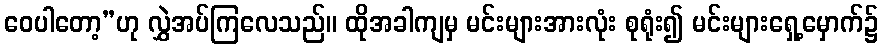
ဝေပါတော့”ဟု လွှဲအပ်ကြလေသည်။ ထိုအခါကျမှ မင်းများအားလုံး စုရုံး၍ မင်းများရှေ့မှောက်၌